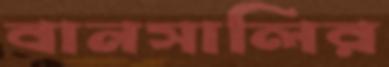
বানসালির